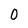
Character: O